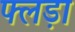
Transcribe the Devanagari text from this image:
फ्लड़ा